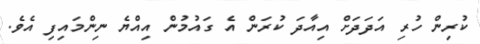
ކުރިން ހުރި އަދަދަށް އިއާދަ ކުރަން އެ ގައުމުން އިއްޔެ ނިންމައިފި އެވެ.